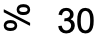
% 30